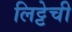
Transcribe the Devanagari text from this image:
लिट्टेची